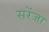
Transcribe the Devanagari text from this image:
सरेंजा